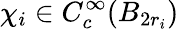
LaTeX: \chi_{i}\in C_{c}^{\infty}(B_{2r_{i}})